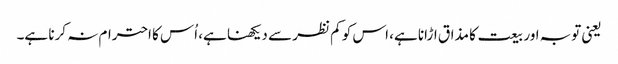
یعنی توبہ اور بیعت کا مذاق اڑانا ہے، اس کو کم نظر سے دیکھنا ہے، اُس کا احترام نہ کرنا ہے۔